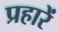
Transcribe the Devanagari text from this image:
प्रहारें